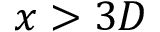
x > 3 D